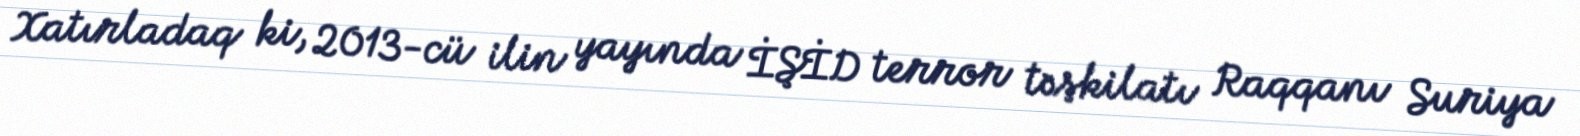
Xatırladaq ki, 2013-cü ilin yayında İŞİD terror təşkilatı Raqqanı Suriya